Report of the King Institute of Preventive Medicine, Guindy
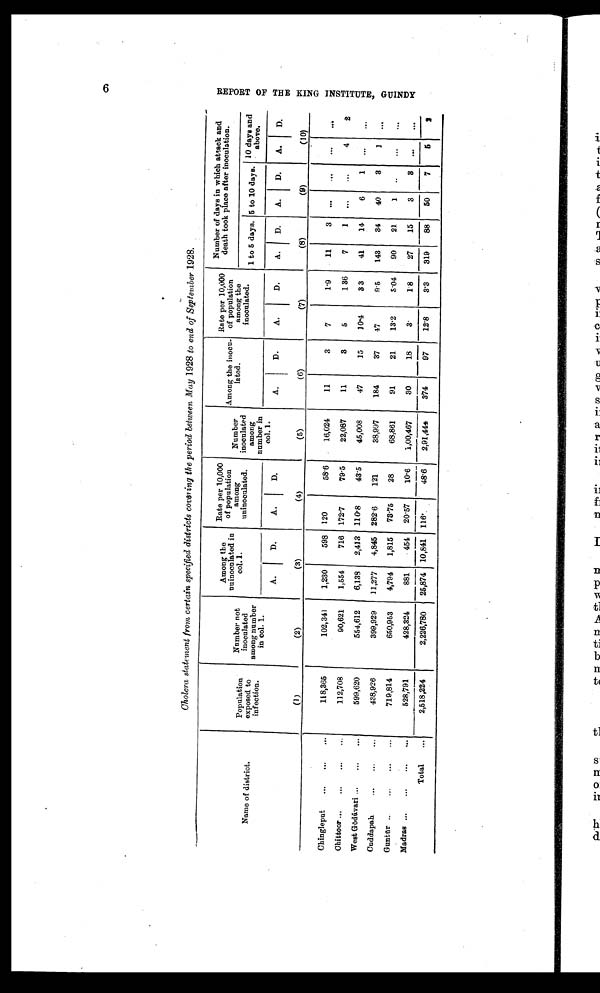
6
R E P R T O F t H E O
K I N G I N S T I T U T E , G U I N D Y
Cholera statement from certain specified districts covering the period between May 1928 to end of September 1928.
Name of district.
Population
exposed to
infection.
Number not
inoculated
among number
in col. 1.
Among the
nuinoculated in
col. 1.
Rate per 10,000
of population
among
unid. nooulate
N
among
umber
inoculated
number in
col. 1.
Among the i»ocu-
lated.
Rate per 10,000
of population
among the
inoculated.
Number of days in which attack and
death took place after inoculation.
1 to 5 days. 5 to 10 days. 10 days and
above.
A.
D.
A.
D.
A.
D.
A.
D.
A.
D.
A.
D.
A.
D.
(1)
(2)
(3)
(4)
(5)
(6)
(7)
(8)
(9)
(10)
Chingleput
...
...
...
118,365
102,341
1,230
598 120
58.6
16,024
11
3
7
1.9
11
Chittoor ...
...
...
...
112,708
90,621
1,554
716 172.7
79.5
22,087
11
3
5
1 36
7
1
. . .
. . .
4
2
West Godavari ...
...
...
599,620
554,612
6,135
2,413 110.8
43.5
45,008
47
15
10.4
3 3
41
14
6
Cuddapah
...
...
...
438,926
399,929
11,277
4,845 282.6
121
38,997
184
37
47
9.5
143
34
40
3
1
. . .
Guntur ..
...
...
...
719,814
650,953
4,794
1,815
73.75
28
68,861
91
21
13.2
5.04
90
21.
1
. . .
. . .
..
Madras ...
.
...
...
528,791
428,324
881
454
20.57
10.6
1,00,467
30
18
-
3 .
1 8
27
15
_
3
Total
...
2 2,518,224
2,226,780
25,874 10,841
-
116
48.6
2,91,44
374
97
12.8
3.3
319
88
50
7
5
2